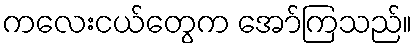
ကလေးငယ်တွေက အော်ကြသည်။